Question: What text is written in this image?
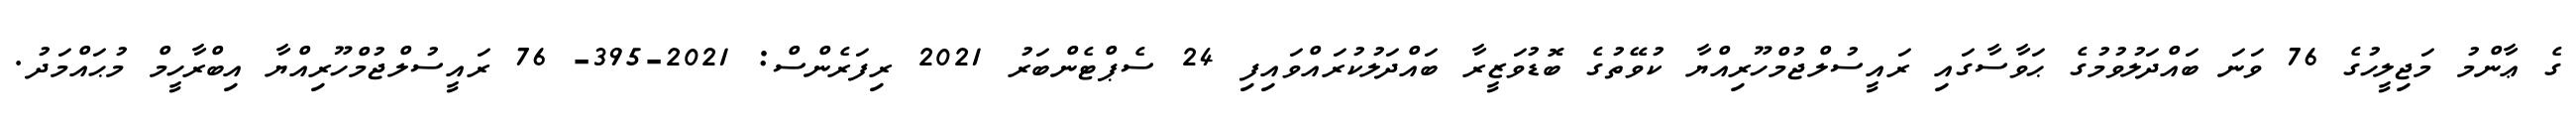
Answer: ގެ ޢާންމު މަޖިލީހުގެ 76 ވަނަ ބައްދަލުވުމުގެ ޙަވާސާގައި ރައީސުލްޖުމްހޫރިއްޔާ ކުވޭތުގެ ބޮޑުވަޒީރާ ބައްދަލުކުރައްވައިފި 24 ސެޕްޓެންބަރު 2021 ރިފަރެންސް: 2021-395- 76 ރައީސުލްޖުމްހޫރިއްޔާ އިބްރާހީމް މުޙައްމަދު.